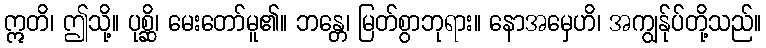
ဣတိ၊ ဤသို့။ ပုစ္ဆိ၊ မေးတော်မူ၏။ ဘန္တေ၊ မြတ်စွာဘုရား။ နောအမှေဟိ၊ အကျွန်ုပ်တို့သည်။